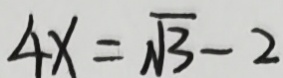
4 x = \sqrt { 3 } - 2